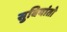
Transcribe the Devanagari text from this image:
सुबियांतो